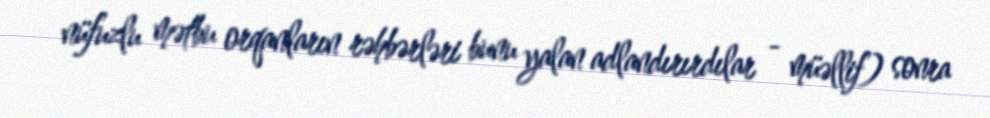
nüfuzlu mətbu orqanların rəhbərləri bunu yalan adlandırırdılar - müəllif) sonra